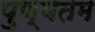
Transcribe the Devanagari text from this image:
पुण्यतम